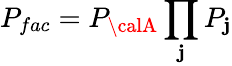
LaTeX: P_{fac}=P_{\calA}\prod_{\mathbf{j}}P_{\mathbf{j}}